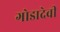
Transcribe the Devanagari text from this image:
गोडादेवी